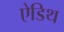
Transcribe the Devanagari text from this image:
ऐडिथ